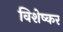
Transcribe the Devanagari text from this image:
विशेष्कर